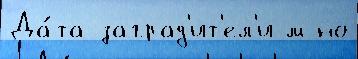
Да́та заград'ит'ел'и м но